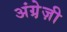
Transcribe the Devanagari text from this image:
अंग्रे़ज़ी